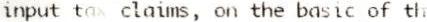
INPUT TAX CLAIMS, ON THE BASIC OF TH